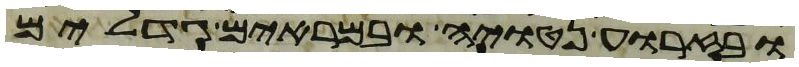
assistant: ובזרוע נטויה ובמראים גדלים